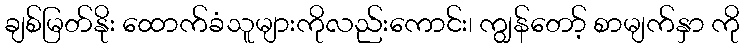
ချစ်မြတ်နိုး ထောက်ခံသူများကိုလည်းကောင်း၊ ကျွန်တော့် စာမျက်နှာ ကို